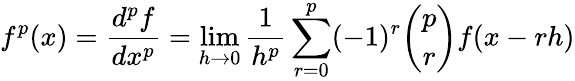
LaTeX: f^{p}(x)={\frac{d^{p}f}{dx^{p}}}=\operatorname*{lim}_{h\rightarrow 0}{\frac{1}{h^{p}}}\sum_{r=0}^{p}(-1)^{r}\binom{p}{r}f(x-rh)